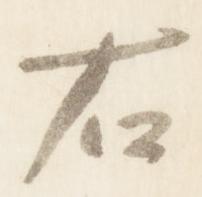
右